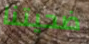
ضحيتنا